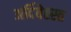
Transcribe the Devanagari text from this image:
अर्दिबेह्स्त